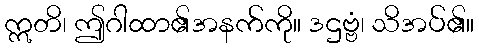
ဣတိ၊ ဤဂါထာ၏အနက်ကို။ ဒဌဗ္ဗံ၊ သိအပ်၏။